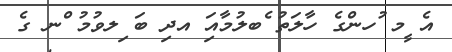
އެ ީމ ުހންގެ ހާލަތު ެބލުމާއިަ އދި ބަ ިލވުމު ްނ ގެ